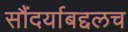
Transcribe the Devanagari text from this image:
सौंदर्याबद्दलच